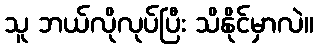
သူ ဘယ်လိုလုပ်ပြီး သိနိုင်မှာလဲ။